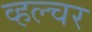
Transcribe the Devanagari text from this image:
व्हल्चर